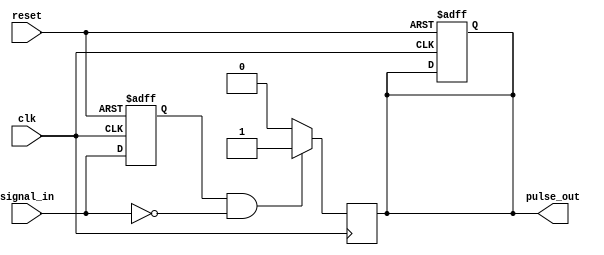
module negative_edge_detector (
    input wire clk,               // Clock signal
    input wire reset,             // Reset signal
    input wire signal_in,         // Input signal to detect negative edge
    output reg pulse_out          // Output pulse signal
);

    reg signal_prev;              // Previous state of the input signal

    // Sequential logic to capture the current and previous state of the input signal
    always @(posedge clk or posedge reset) begin
        if (reset) begin
            signal_prev <= 1'b0;   // Initialize previous state on reset
            pulse_out <= 1'b0;     // Initialize output pulse on reset
        end else begin
            signal_prev <= signal_in; // Update previous state
        end
    end

    // Combinational logic to detect negative edge
    always @(posedge clk) begin
        if (signal_prev == 1'b1 && signal_in == 1'b0) begin
            pulse_out <= 1'b1; // Generate pulse on negative edge detection
        end else begin
            pulse_out <= 1'b0; // Revert pulse otherwise
        end
    end

endmodule